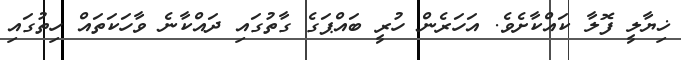
ޚިޔާލީ ފޮލާ ކައްކާށެވެ. އަހަރެން ހުރީ ބައްޕަގެ ގާތުގައި ދައްކާނެ ވާހަކަތައް ހިތުގައި